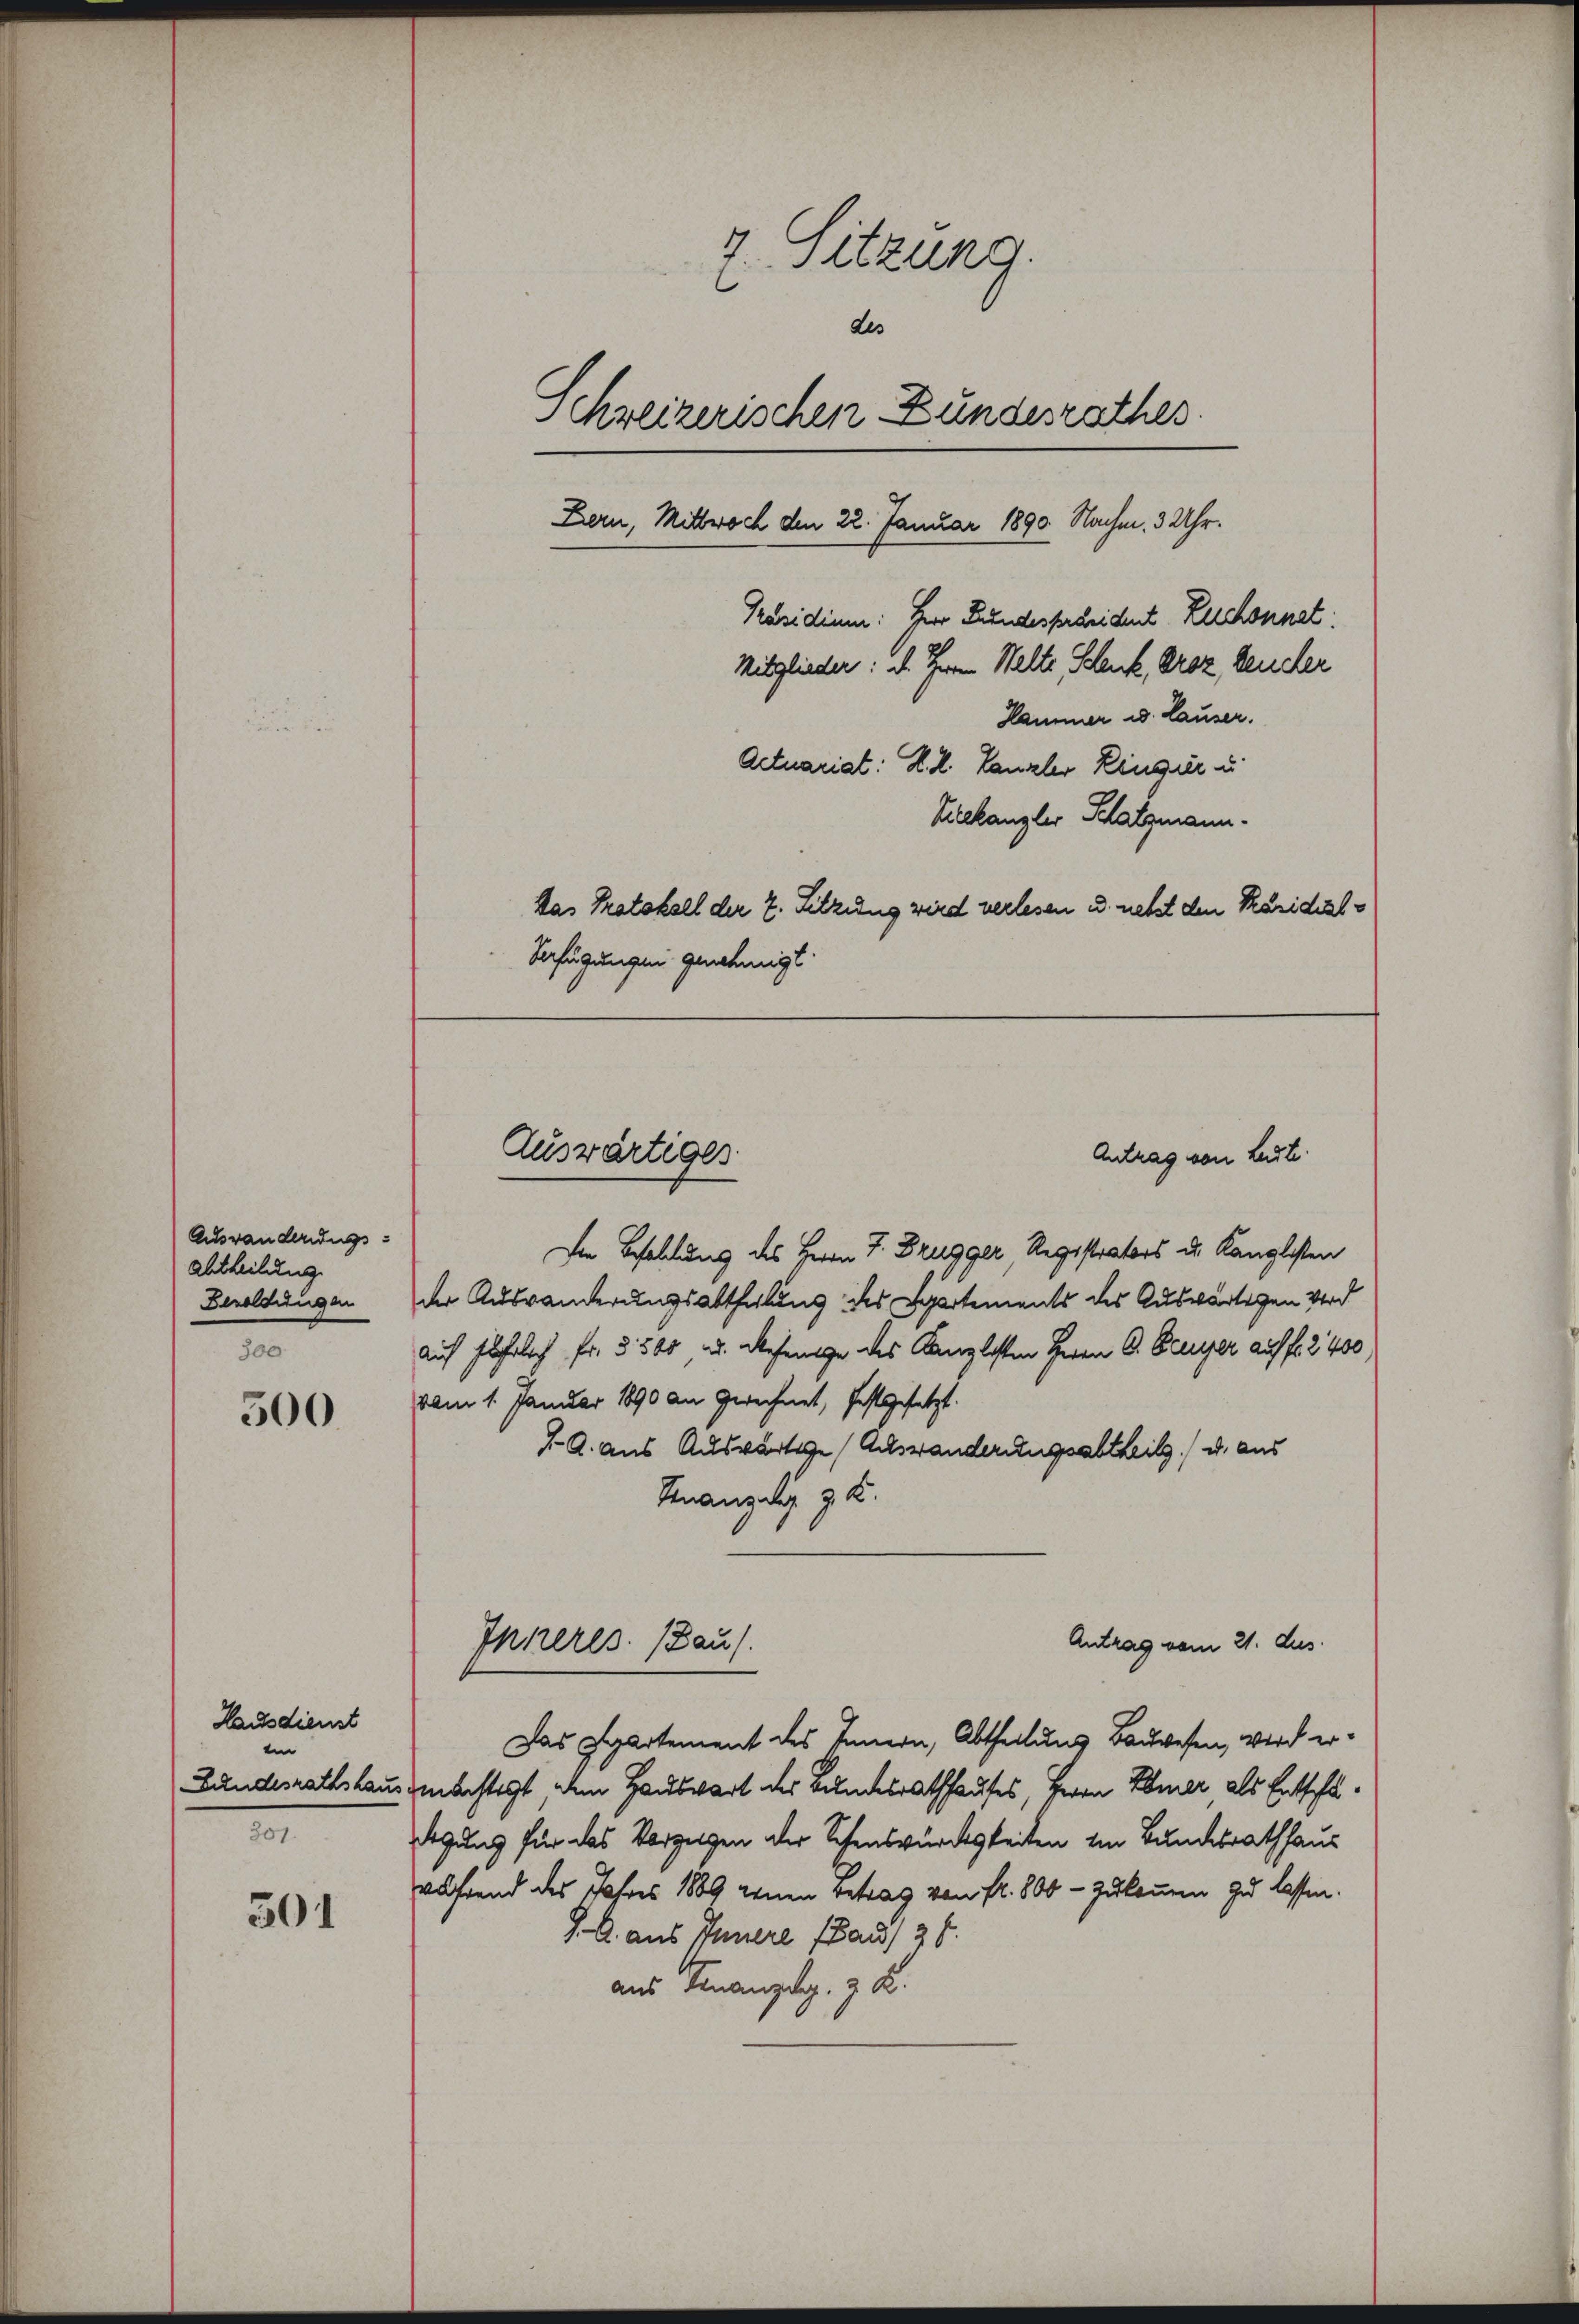
Auswanderungsabtheilung
Besoldungen
300

500

Hausdienst
ein
Lundesrathshaus
201.

301

7. Sitzung.
des
Schweizerischen Bundesrathes.
Bern, Mittwoch den 22. Januar 1890 Nachm. 3 Uhr.
Präsidium: Herr Bundesscheident Rechnet:
Mitglieder: I. Ihren Welte Schenk, Droz keucher
Hammer u. Lauser.
Actuariat: K. R. Canzler Ringer u.
Vieekanzler Schatzmann.
Das Protokoll der 2. Sitzung wird verlesen u. nebst den Karidial¬
Verfügungen genehmigt.

Die Behaltung des Herrn J. Brugger, Registrators u. Kanzlisten
der Auswanderungsabtheilung des Spartements des Auswärtigen Wird
auch führlich fr. u. 560 u. defenige des Kanzlisten Herrn C. Berger auf fl. 2400
vom 1. Januar 1890 an gerechnet, festgesetzt.
J. A. aus Auswärtige Auswanderungsabtheil u. aus
Finanzig z. K.
Antrag vom 21. dus.
Inneres. (Bau).
Das Partement des Innern, Abtheilung Bauwesen, wird ermächtigt dem Hauswart des Bundesrathhauses, Herrn Pomer, als Entschullegung für das Vorzeigen der Schenswürdigkeiten im Bundesrathhaus
während des Jahres 1889 kenen Betrag von fr. 800 - zukommen zu lassen.
J. A. aus Innere (auf 38.
aus Finanzig, z. K.

Auswärtiges
Antrag von Ludte.